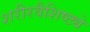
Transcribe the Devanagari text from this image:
शरीरवैशिष्ट्ये